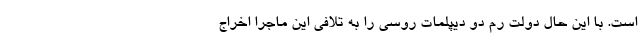
است. با این حال دولت رم دو دیپلمات روسی را به تلافی این ماجرا اخراج